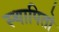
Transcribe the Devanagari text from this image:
स्थापितो